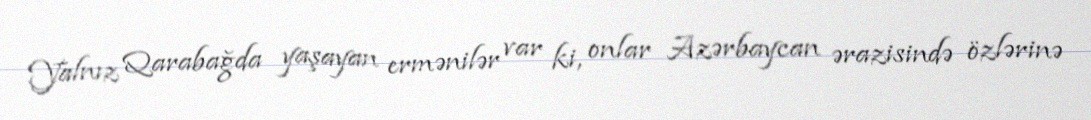
Yalnız Qarabağda yaşayan ermənilər var ki, onlar Azərbaycan ərazisində özlərinə